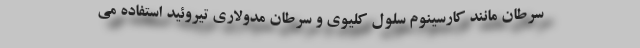
سرطان مانند کارسینوم سلول کلیوی و سرطان مدولاری تیروئید استفاده می